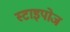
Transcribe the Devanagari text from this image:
स्टाइपोज